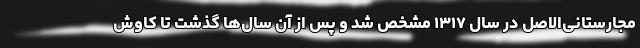
مجارستانی‌‌الاصل در سال ۱۳۱۷ مشخص شد و پس از آن سال‌ها گذشت تا کاوش